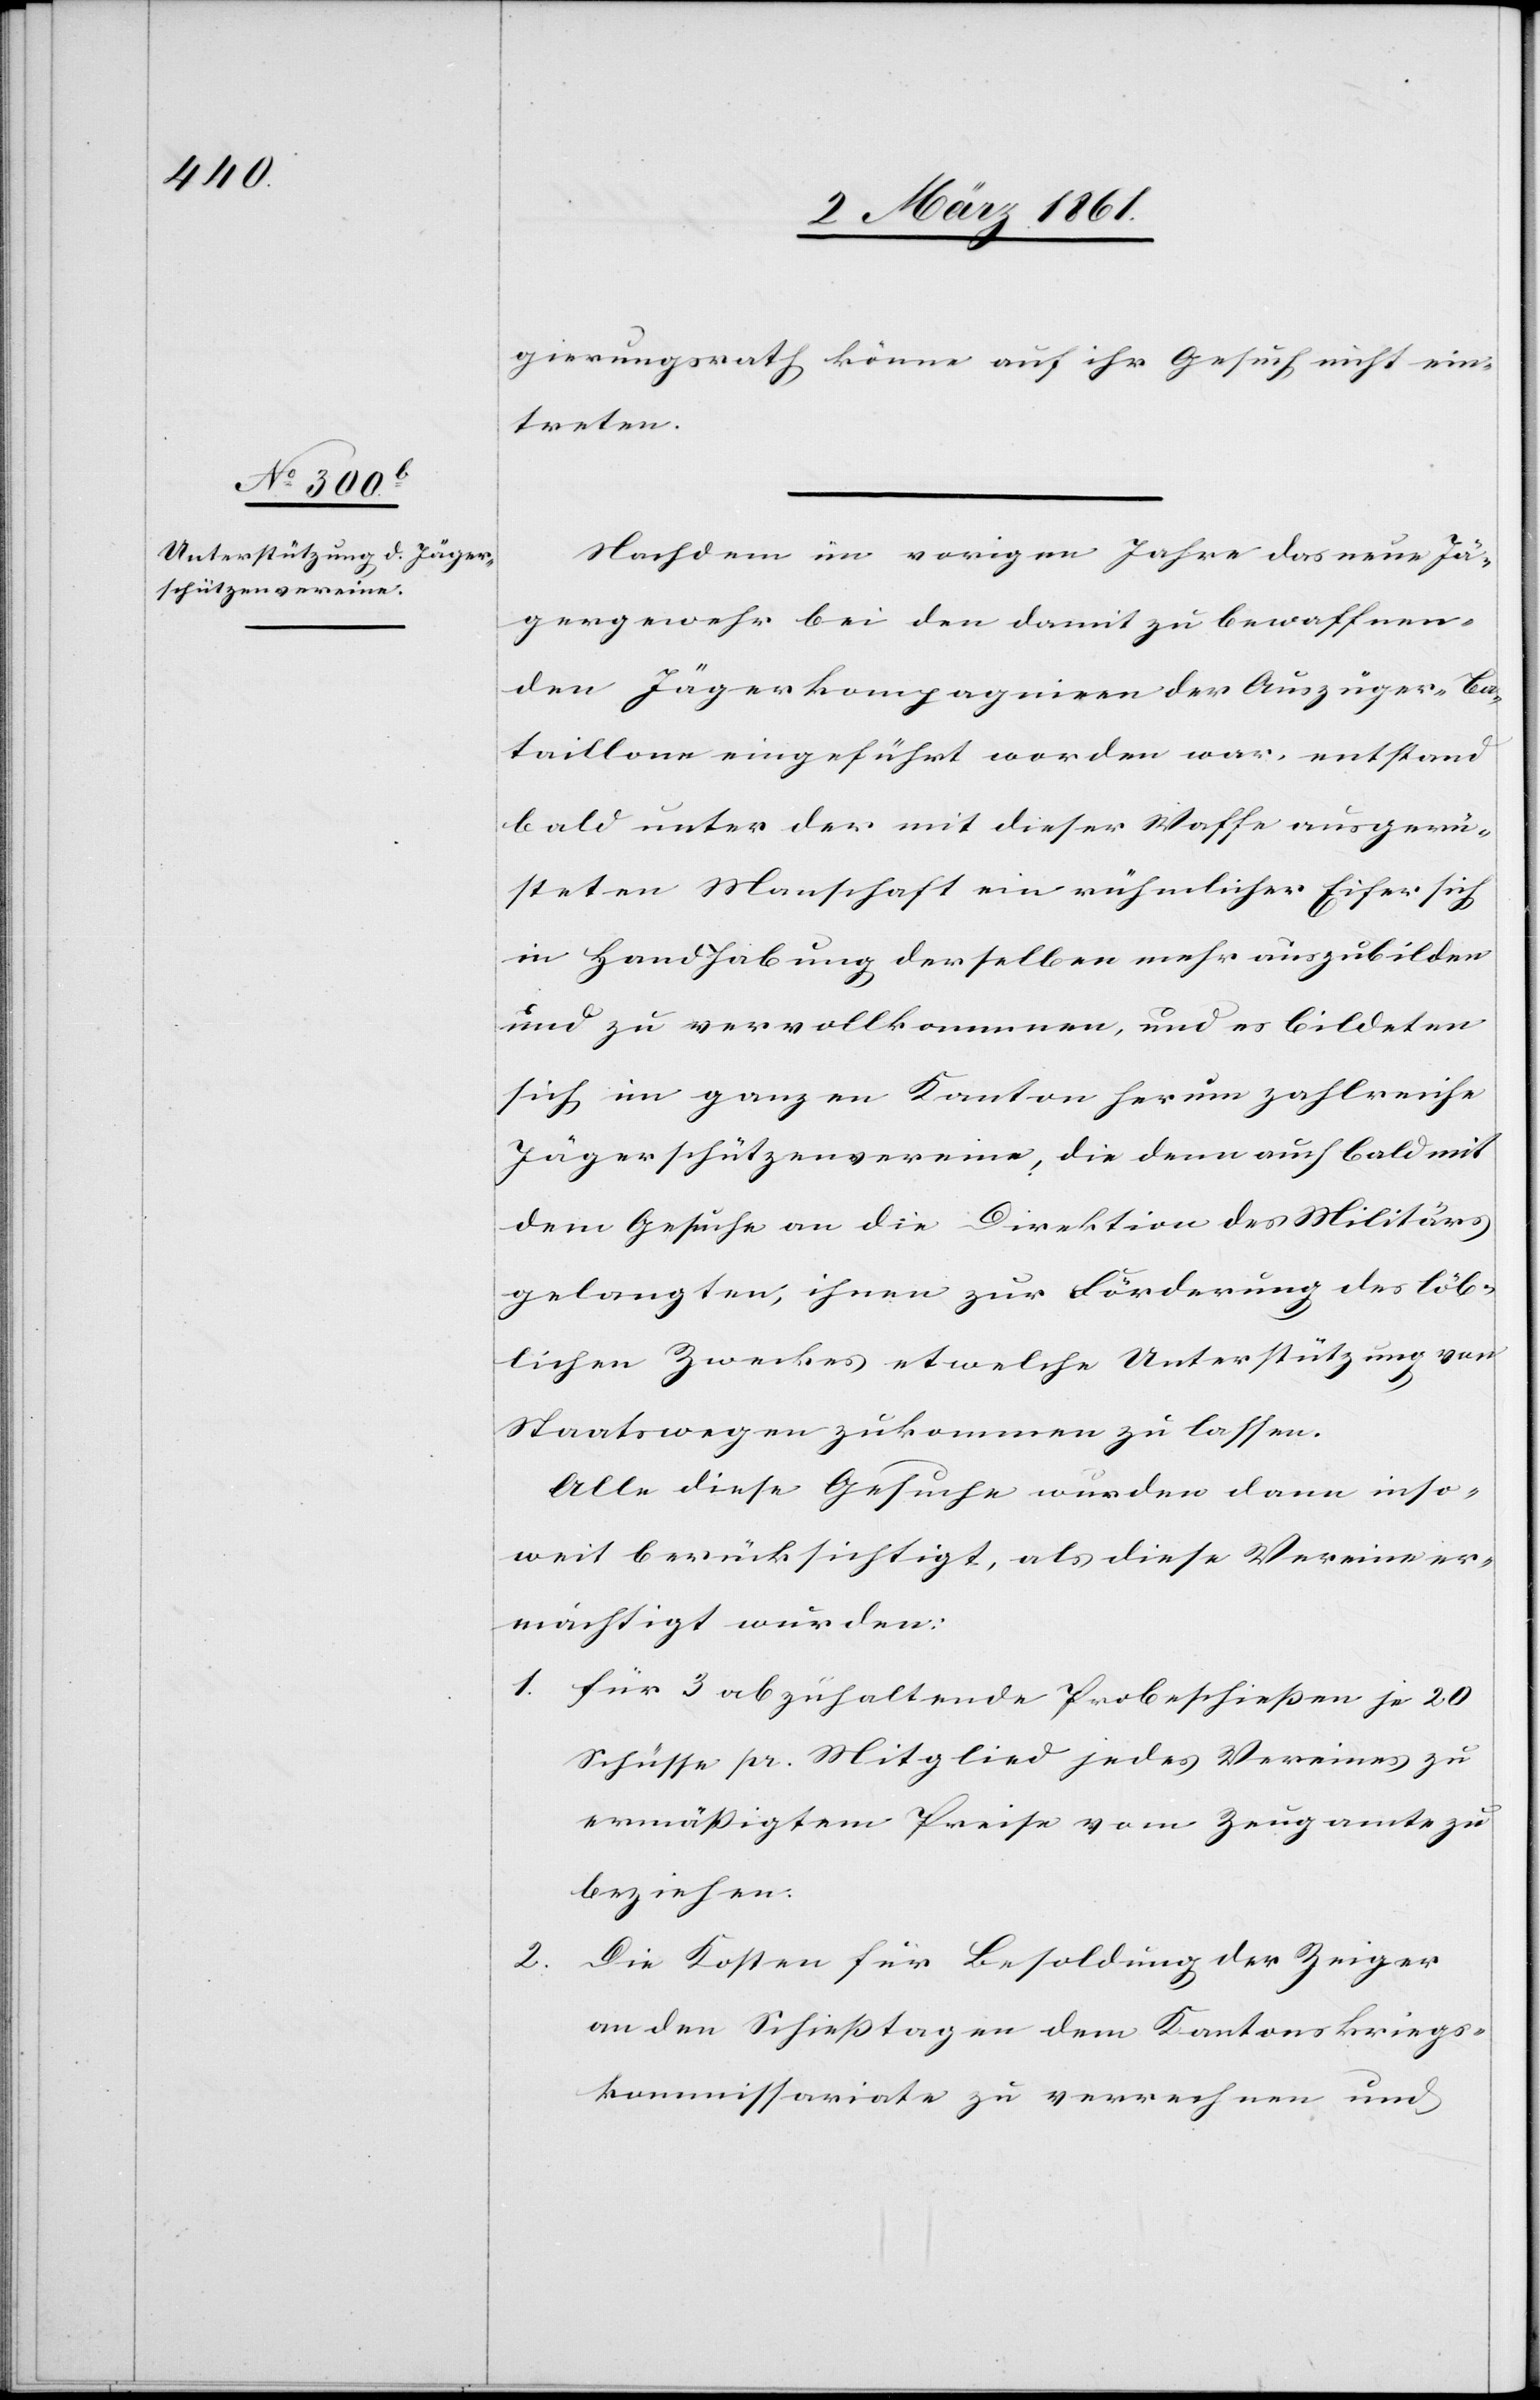
gierungsrath könne auf ihr Gesuch nicht ein¬
treten.
Nachdem im vorigen Jahre das neue Jä¬
gergewehr bei den damit zu bewaffnen¬
den Jägerkompagnien der Auszüger-Ba¬
taillone eingeführt worden war, entstand
bald unter der mit dieser Waffe ausgerü¬
steten Man[n]schaft ein rühmlicher Eifer sich
in Handhabung derselben mehr auszubilden
und zu vervollkommen, und es bildeten
sich im ganzen Kanton herum zahlreiche
Jägerschützenvereine, die denn auch bald mit
dem Gesuche an die Direktion des Militärs
gelangten, ihnen zur Förderung des löb¬
lichen Zweckes etwelche Unterstützung von
Staatswegen zukommen zu lassen.
Alle diese Gesuche wurden dann inso¬
weit berücksichtigt, als diese Vereine er¬
mächtigt wurden:
1. für 3 abzuhaltende Probeschiessen je 20
Schüsse pr. Mitglied jedes Vereins zu
ermässigtem Preise vom Zeugamte zu
beziehen.
2. Die Kosten für Besoldung der Zeiger
an den Schiesstagen dem Kantonskriegs¬
kommissariate zu verrechnen und